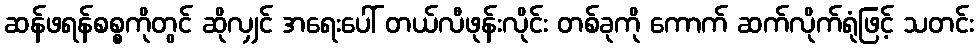
ဆန်ဖရန်စစ္စကိုတွင် ဆိုလျှင် အရေးပေါ် တယ်လီဖုန်းလိုင်း တစ်ခုကို ကောက် ဆက်လိုက်ရုံဖြင့် သတင်း